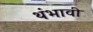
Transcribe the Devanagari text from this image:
थंभावी